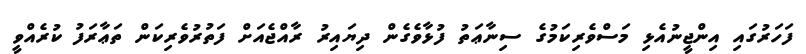
ފަހަރުގައި އިންޖީނުއެޅި މަސްވެރިކަމުގެ ސިނާޢަތު ފުޅާވެގެން ދިޔައިރު ރާއްޖެއަށް ފަތުރުވެރިކަން ތަޢާރަފު ކުރެއްވީ